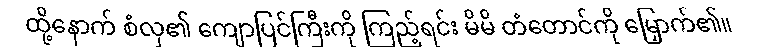
ထို့နောက် စံလှ၏ ကျောပြင်ကြီးကို ကြည့်ရင်း မိမိ တံတောင်ကို မြှောက်၏။